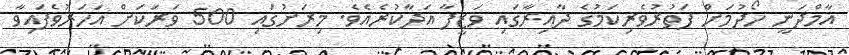
އާމްދަނީ ހޯދުމަށް ފަތުރުވެރިކަމުގެ ދާއިރާގައި ވަޒީފާ އަދާކުރެއެވެ. މިރަށުގައި 500 ވަރަކަށް އަހަރުވެފައިވާ